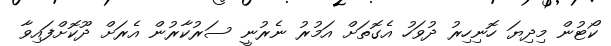
ކޯޓުން މިދިޔަ ހޮނިހިރު ދުވަހު އެގޮތަށް އަމުރު ނެރުނީ ސަރުކާރުން އެރަށް ދޫކޮށްފައިވާ